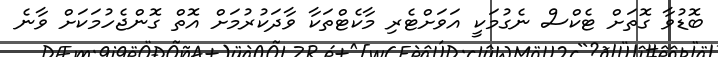
ބޮޑުވާ ގޮތަށް ޓެކްސް ނެގުމަކީ އަވަށްޓެރި މާކެޓްތަކާ ވާދަކުރުމަށް އޮތް ގޮންޖެހުމަކަށް ވާނެ